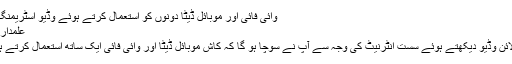
وائی فائی اور موبائل ڈیٹا دونوں کو استعمال کرتے ہوئے وڈیو اسٹریمنگ کو تیز بنائیں (اینڈروئیڈ)
علمدار حسین مارچ 12، 2014
فون یا ٹیبلٹ پر کوئی آن لائن وڈیو دیکھتے ہوئے سست انٹرنیٹ کی وجہ سے آپ نے سوچا ہو گا کہ کاش موبائل ڈیٹا اور وائی فائی ایک ساتھ استعمال کرتے ہوئے انٹرنیٹ تیز ہو سکتا۔